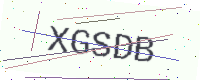
Text: XGSDB